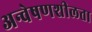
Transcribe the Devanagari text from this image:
अन्वेषणशीलता